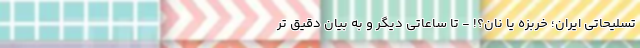
تسلیحاتی ایران؛ خربزه یا نان؟! - تا ساعاتی دیگر و به بیان دقیق تر